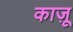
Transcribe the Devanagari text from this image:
काज़ू